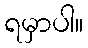
ရမှာပါ။